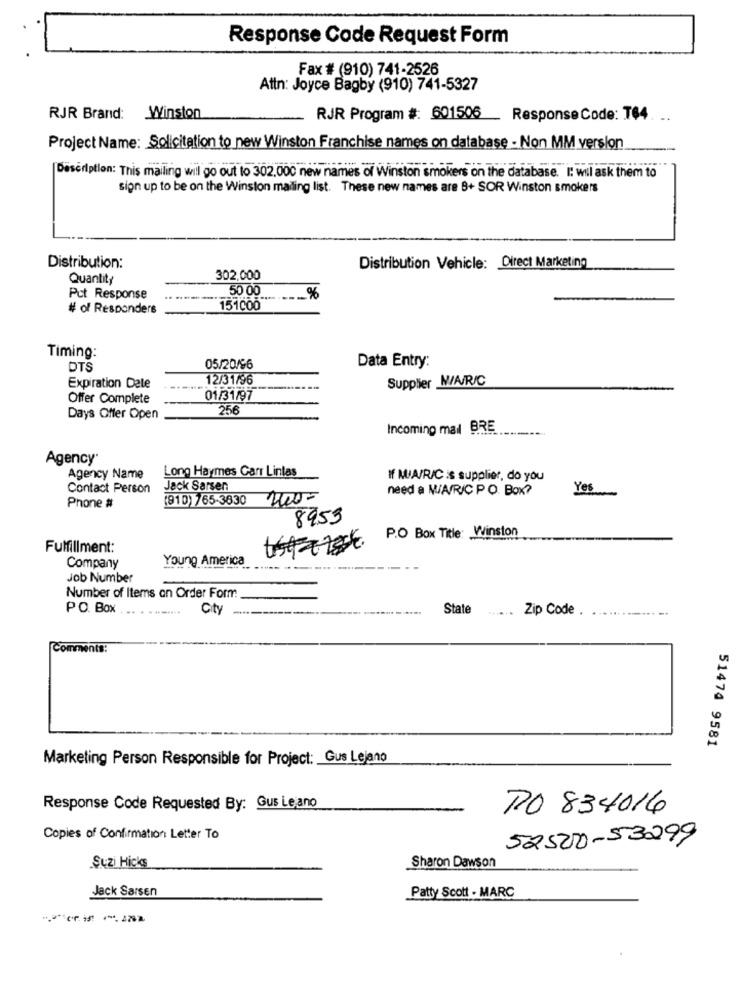
Response Code Request Form
Fax # (910) 741-2526
Attn: Joyce Bagby (910) 741-5327
RJR Brand: Winston
RJR Program #: 601506
Response Code: T64. ..
Project Name: Solicitation to new Winston Franchise names on database - Non MM version
Description: This mailing will go out to 302,000 new names of Winston smokers on the database. I: will ask them to
sign up to be on the Winston mailing list. These new names are 8+ SOR Winston smokers
Distribution:
Distribution Vehicle: Direct Marketing
Quantity
302,000
50 00
Pct Response
%
# of Responders
151000
Timing:
DTS
05/20/96
Data Entry:
12/31/96
Supplier M/A/R/C
Expiration Dele
Offer Complete
01/31/97
256
Days Offer Open
Incoming mail BRE
Agency
Long Haymes Carr Linlas
Agency Name
If MIA/R/C is supplier, do you
Contact Person
Jack Sarsen
need a W/A/R/C PO. Box?
Yes
(910) 7 65-3830
200-
Phone #
8953
P.O Box Title: Winston
Fulfillment:
Young America
Company
Job Number
Number of Items an Order Form
PO. Box
City
State
Zip Code
- -.
Comments:
51474 9581
Marketing Person Responsible for Project: Gus Lejano
Response Code Requested By: Gus Leano
PO 834016
Copies of Confirmation Letter To
52500-53299
Suzi Hicks
Sharon Dawson
Jack Sarsen
Patty Scott - MARC